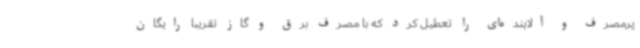
پرمصرف و آلاینده‌ای را تعطیل کرد که با مصرف برق و گاز تقریبا رایگان